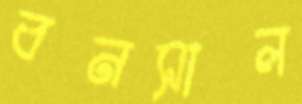
বনসাল